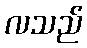
လသည်